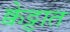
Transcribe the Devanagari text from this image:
क्वेट्टात